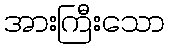
အားကြီးသော